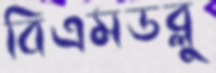
বিএমডব্লু